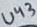
Text: U43